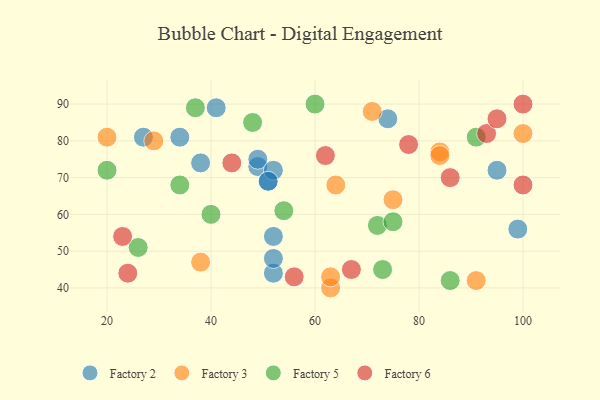
{"axis": {"x": "GDP", "y": "Life Expectancy"}, "legend": ["Factory 2", "Factory 3", "Factory 5", "Factory 6"], "data": [{"x": "49", "y": 73, "type": "Factory 2"}, {"x": "27", "y": 81, "type": "Factory 2"}, {"x": "52", "y": 54, "type": "Factory 2"}, {"x": "51", "y": 69, "type": "Factory 2"}, {"x": "41", "y": 89, "type": "Factory 2"}, {"x": "49", "y": 75, "type": "Factory 2"}, {"x": "38", "y": 74, "type": "Factory 2"}, {"x": "95", "y": 72, "type": "Factory 2"}, {"x": "74", "y": 86, "type": "Factory 2"}, {"x": "52", "y": 44, "type": "Factory 2"}, {"x": "52", "y": 72, "type": "Factory 2"}, {"x": "51", "y": 69, "type": "Factory 2"}, {"x": "99", "y": 56, "type": "Factory 2"}, {"x": "52", "y": 48, "type": "Factory 2"}, {"x": "34", "y": 81, "type": "Factory 2"}, {"x": "75", "y": 64, "type": "Factory 3"}, {"x": "64", "y": 68, "type": "Factory 3"}, {"x": "100", "y": 82, "type": "Factory 3"}, {"x": "63", "y": 40, "type": "Factory 3"}, {"x": "91", "y": 42, "type": "Factory 3"}, {"x": "84", "y": 77, "type": "Factory 3"}, {"x": "71", "y": 88, "type": "Factory 3"}, {"x": "29", "y": 80, "type": "Factory 3"}, {"x": "20", "y": 81, "type": "Factory 3"}, {"x": "63", "y": 43, "type": "Factory 3"}, {"x": "84", "y": 76, "type": "Factory 3"}, {"x": "38", "y": 47, "type": "Factory 3"}, {"x": "60", "y": 90, "type": "Factory 5"}, {"x": "72", "y": 57, "type": "Factory 5"}, {"x": "48", "y": 85, "type": "Factory 5"}, {"x": "37", "y": 89, "type": "Factory 5"}, {"x": "26", "y": 51, "type": "Factory 5"}, {"x": "75", "y": 58, "type": "Factory 5"}, {"x": "73", "y": 45, "type": "Factory 5"}, {"x": "40", "y": 60, "type": "Factory 5"}, {"x": "91", "y": 81, "type": "Factory 5"}, {"x": "20", "y": 72, "type": "Factory 5"}, {"x": "34", "y": 68, "type": "Factory 5"}, {"x": "86", "y": 42, "type": "Factory 5"}, {"x": "54", "y": 61, "type": "Factory 5"}, {"x": "67", "y": 45, "type": "Factory 6"}, {"x": "78", "y": 79, "type": "Factory 6"}, {"x": "100", "y": 90, "type": "Factory 6"}, {"x": "100", "y": 68, "type": "Factory 6"}, {"x": "93", "y": 82, "type": "Factory 6"}, {"x": "24", "y": 44, "type": "Factory 6"}, {"x": "86", "y": 70, "type": "Factory 6"}, {"x": "95", "y": 86, "type": "Factory 6"}, {"x": "23", "y": 54, "type": "Factory 6"}, {"x": "62", "y": 76, "type": "Factory 6"}, {"x": "56", "y": 43, "type": "Factory 6"}, {"x": "44", "y": 74, "type": "Factory 6"}]}